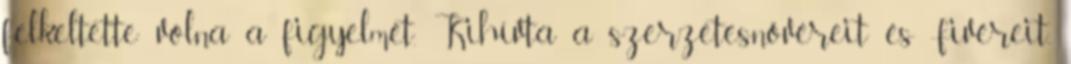
felkeltette volna a figyelmét. Kihívta a szerzetesnővéreit és -fivéreit,